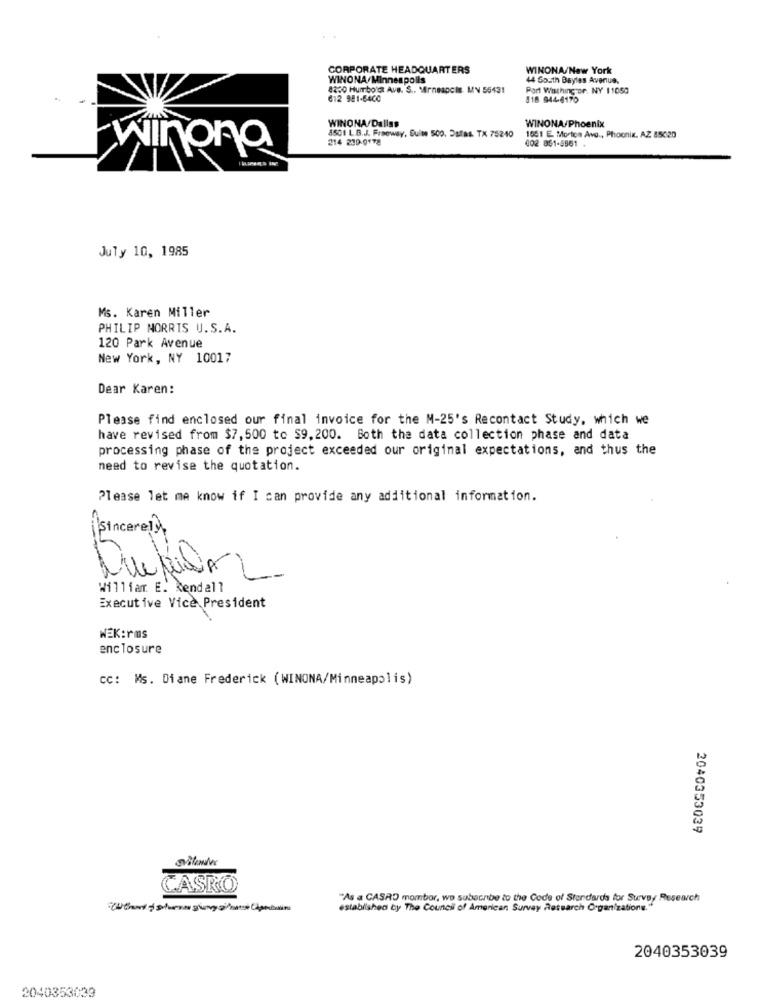
CORPORATE HEADQUARTERS
WINONA/New York
WINONA/Minneapolis
44 South Bayles Avenue.
4230 Humboldt Ave. S .. Mirneapcis MN 55431
Port Washing or. NY 11050
612 941-6400
418 944-4170
WINONA/Dallas
WINONA/Phoenix
8501 L. B.J. Freeway, Suite 500, Dafas. TX 75240
214 209-0178
1651 E. Morton Ave ., Phoenix. AZ 85020
402 851-5561
winona
July 10, 1985
Ms. Karen Miller
PHILIP MORRIS U.S.A.
120 Park Avenue
New York, NY 10017
Dear Karen:
Please find enclosed our final invoice for the M-25's Recontact Study, which we
have revised from $7, 500 to $9. 200. Both the data collection phase and data
processing phase of the project exceeded our original expectations, and thus the
need to revise the quotation.
Please let me know if I can provide any additional information.
¡Sincere!}
William E. kendall
Executive Vice President
WEK:rms
enclosure
cc: Ms. Diane Frederick (WINONA/Minneapolis)
2040353039
CASRO
"As a CASAO mombar, wo subscribe to the Code of Standards for Survey Research
established by The Council of American Survey Research Organizationg."
2040353039
2040353039